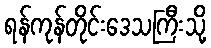
ရန်ကုန်တိုင်းဒေသကြီးသို့